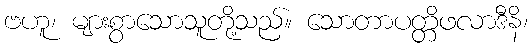
ဗဟူ၊ များစွာသောသူတို့သည်။ သောတာပတ္တိဖလာဒီနိ၊